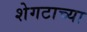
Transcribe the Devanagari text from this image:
शेगटाच्या